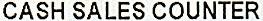
CASH SALES COUNTER